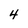
Character: 4